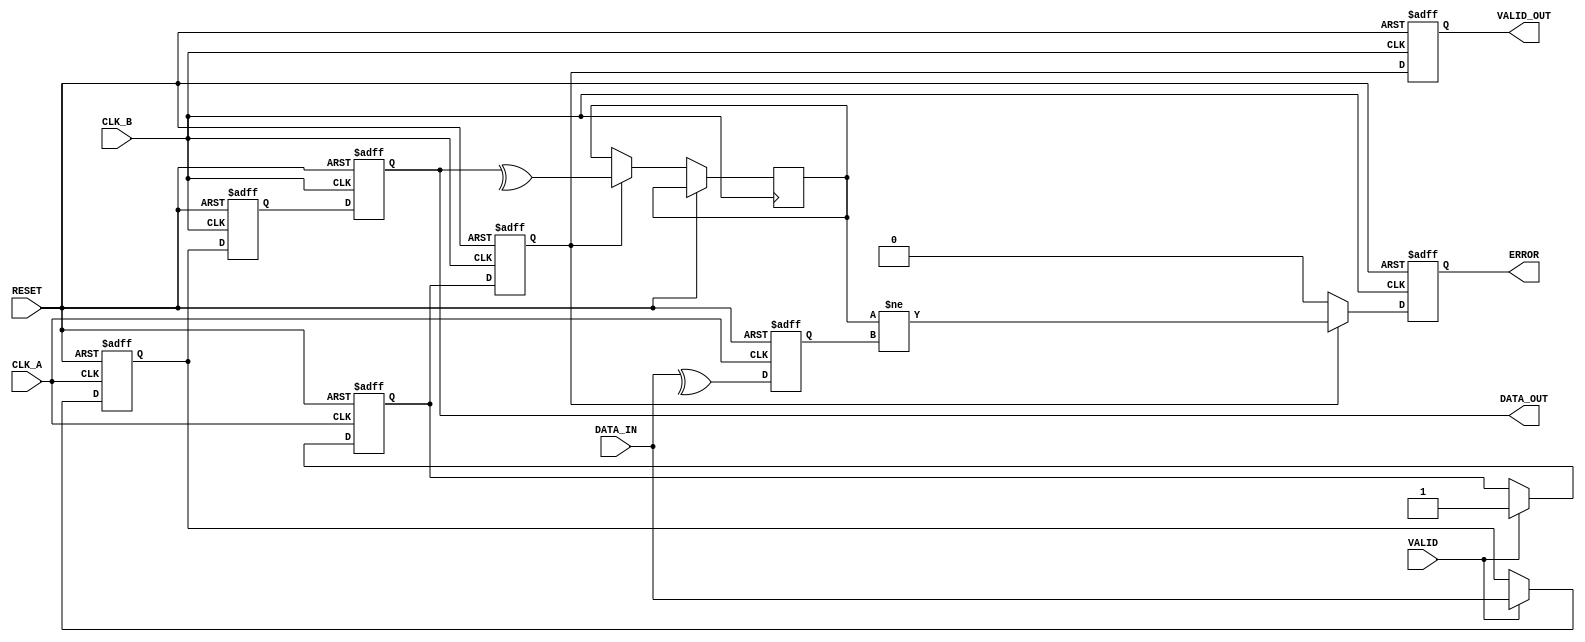
module cdc_with_error_detection (
    input wire CLK_A,
    input wire CLK_B,
    input wire RESET,
    input wire [7:0] DATA_IN, // 8-bit data input
    input wire VALID,         // Valid signal in CLK_A domain
    output reg [7:0] DATA_OUT, // Synchronized data output in CLK_B domain
    output reg VALID_OUT,     // Synchronized valid signal in CLK_B domain
    output reg ERROR          // Error signal in CLK_B domain
);

    // Internal signals
    reg [7:0] data_sync_1, data_sync_2; // Synchronization registers for data
    reg valid_sync_1, valid_sync_2;     // Synchronization registers for valid
    reg parity_bit;                      // Parity bit in CLK_A domain
    reg parity_check;                    // Parity check in CLK_B domain

    // Parity calculation in CLK_A domain
    always @(posedge CLK_A or posedge RESET) begin
        if (RESET) begin
            parity_bit <= 1'b0;
        end else begin
            parity_bit <= ^DATA_IN; // Calculate parity (even parity)
        end
    end

    // Synchronize DATA_IN and VALID signals to CLK_B domain
    always @(posedge CLK_A or posedge RESET) begin
        if (RESET) begin
            data_sync_1 <= 8'b0;
            valid_sync_1 <= 1'b0;
        end else begin
            if (VALID) begin
                data_sync_1 <= DATA_IN;
                valid_sync_1 <= 1'b1;
            end
        end
    end

    always @(posedge CLK_B or posedge RESET) begin
        if (RESET) begin
            data_sync_2 <= 8'b0;
            valid_sync_2 <= 1'b0;
            DATA_OUT <= 8'b0;
            VALID_OUT <= 1'b0;
            ERROR <= 1'b0;
        end else begin
            data_sync_2 <= data_sync_1; // First stage of synchronization
            valid_sync_2 <= valid_sync_1; // First stage of synchronization

            // Second stage of synchronization
            DATA_OUT <= data_sync_2;
            VALID_OUT <= valid_sync_2;

            // Parity check
            if (valid_sync_2) begin
                parity_check <= ^DATA_OUT; // Calculate parity for received data
                ERROR <= (parity_check != parity_bit); // Check for parity error
            end else begin
                ERROR <= 1'b0; // No error if valid is not asserted
            end
        end
    end

endmodule